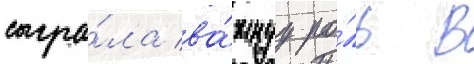
сыгра́ла ва́жнуу ро́ль в